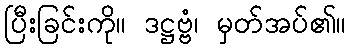
ပြီးခြင်းကို။ ဒဋ္ဌဗ္ဗံ၊ မှတ်အပ်၏။